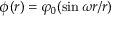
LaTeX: \phi ( r ) = \varphi _ { 0 } ( \sin \omega r / r )